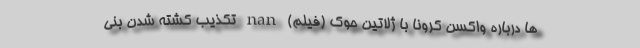
ها درباره واکسن کرونا با ژلاتین حوک (فیلم) nan تکذیب کشته شدن بنی